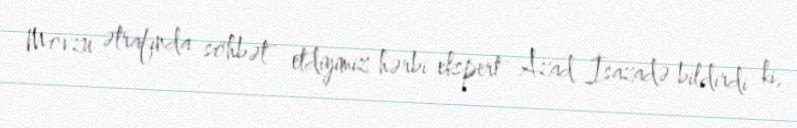
Mövzu ətrafında söhbət etdiyimiz hərbi ekspert Azad İsazadə bildirdi ki,